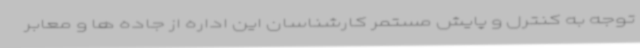
توجه به کنترل و پایش مستمر کارشناسان این اداره از جاده ها و معابر